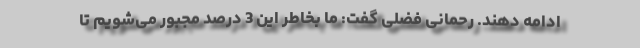
ادامه دهند. رحمانی فضلی گفت: ما بخاطر این 3 درصد مجبور می‌شویم تا